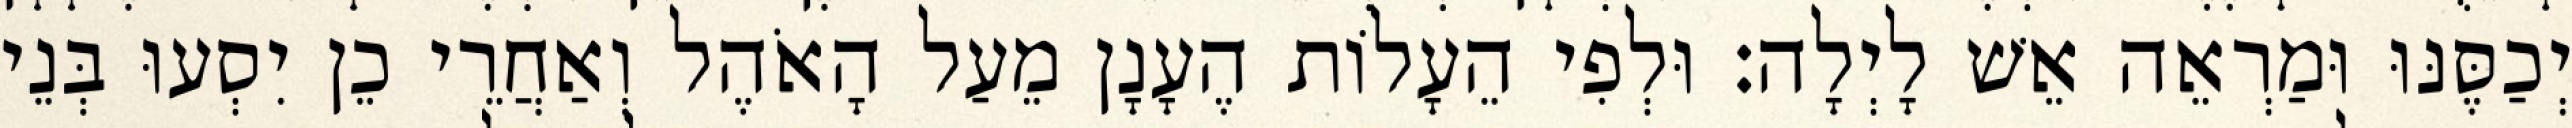
יְכַסֶּנּוּ וּמַרְאֵה אֵשׁ לָיְלָה׃ וּלְפִי הֵעָלוֹת הֶעָנָן מֵעַל הָאֹהֶל וְאַחֲרֵי כֵן יִסְעוּ בְּנֵי